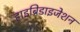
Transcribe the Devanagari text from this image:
हाइब्रिडाइजेशन